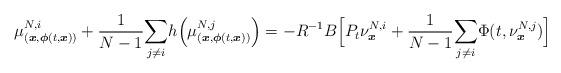
LaTeX: \begin{align*}\mu_{(\boldsymbol{x},\boldsymbol{\phi}(t,\boldsymbol{x}))}^{N,i}+\frac{1}{N-1}\underset{j\neq i}{\sum}h\Big(\mu_{(\boldsymbol{x},\boldsymbol{\phi}(t,\boldsymbol{x}))}^{N,j} \Big)=-R^{-1}B\Big[P_t\nu^{N,i}_{\boldsymbol{x}}+\frac{1}{N-1}\underset{j\neq i}{\sum}\Phi(t,\nu^{N,j}_{\boldsymbol{x}})\Big]\end{align*}